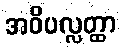
အဝိပလ္လတ္ထာ